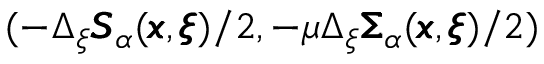
( - \Delta _ { \xi } { \pmb S } _ { \alpha } ( { \pmb x } , { \pmb \xi } ) / 2 , - \mu \Delta _ { \xi } { \pmb \Sigma } _ { \alpha } ( { \pmb x } , { \pmb \xi } ) / 2 )